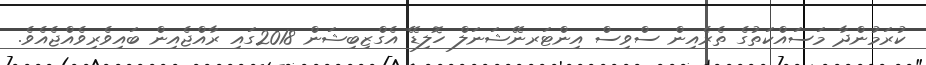
ކުރަމުންދާ މަސައްކަތުގެ ތެރެއިން ސްވިސް އިންޓަރނޭޝަނަލް ހޮލިޑޭ އެގްޒިބިޝަން 2018ގައި ރާއްޖެއިން ބައިވެރިވެއްޖެއެވެ.